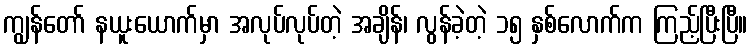
ကျွန်တော် နယူးယောက်မှာ အလုပ်လုပ်တဲ့ အချိန်၊ လွန်ခဲ့တဲ့ ၁၅ နှစ်လောက်က ကြည့်ပြီးပြီ။